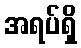
အရပ်ရှိ